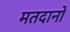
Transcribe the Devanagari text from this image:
मतदानो